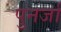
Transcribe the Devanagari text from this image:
पुनर्जा